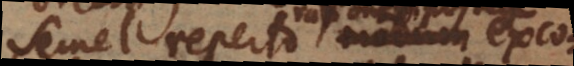
mel reperto modum excogi